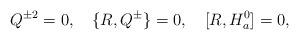
LaTeX: \begin{align*}Q^{\pm 2}=0,\quad\{R,Q^\pm\}=0,\quad [R,H_a^0]=0,\end{align*}